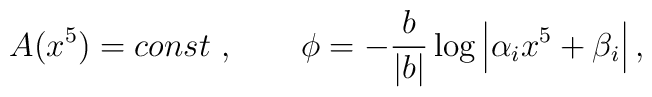
A(x^5) = const\ ,  \qquad\phi = - \frac{b}{|b|}\log \left| \alpha_i x^5 +\beta_i\right| ,